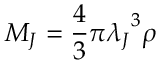
M _ { J } = \frac { 4 } { 3 } { \pi } { \lambda _ { J } } ^ { 3 } \rho